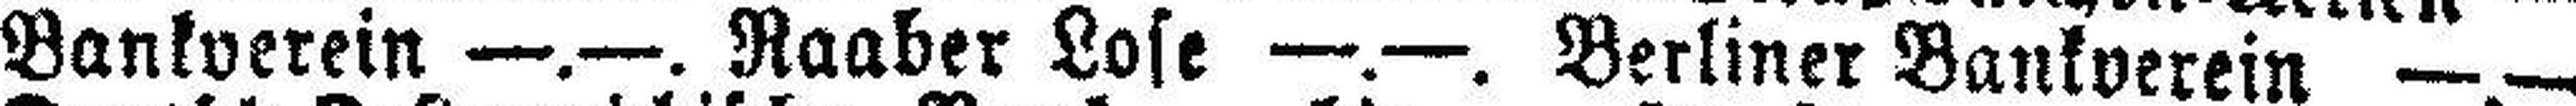
Bankverein —.—. Raaber Lose —.—. Berliner Bankverein —.—